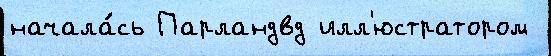
начала́сь Парландвд илл'юстратором